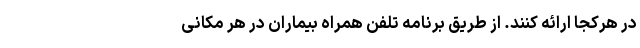
در هرکجا ارائه کنند. از طریق برنامه تلفن همراه بیماران در هر مکانی